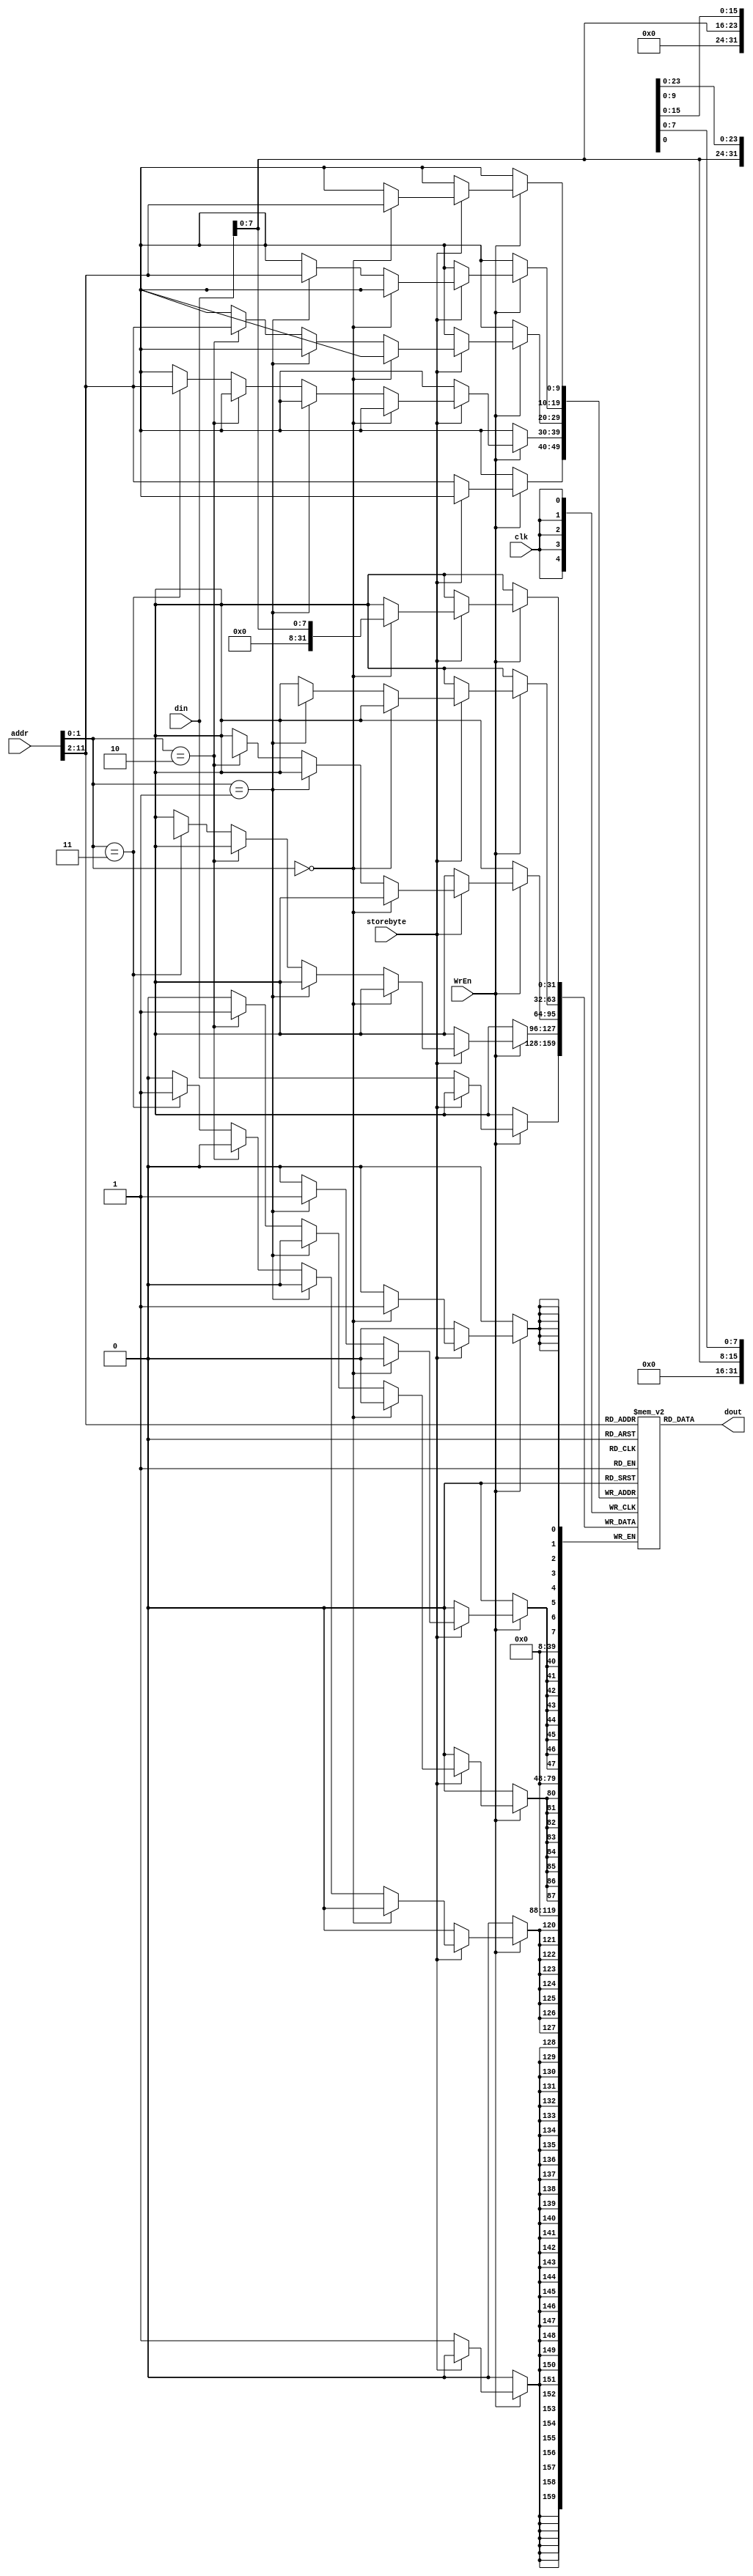
module dm_4k(input [11:0] addr,
				input [31:0] din,
				input WrEn,
				input clk,
				output [31:0] dout,
				input storebyte);

	reg[31:0] RAM[1023:0];

	assign dout = RAM[addr[11:2]];

	always@(posedge clk) begin
    	if(WrEn) begin
			if(storebyte) begin //sb3212102
				if(addr[1:0]==2'b00)
					RAM[addr[11:2]][7:0]<=din[7:0]; //din8
				else if(addr[1:0]==2'b01)
					RAM[addr[11:2]][15:8]<=din[7:0];
				else if(addr[1:0]==2'b10)
					RAM[addr[11:2]][23:16]<=din[7:0];
				else if(addr[1:0]==2'b11)
					RAM[addr[11:2]][31:24]<=din[7:0];
			end
			else begin //sw
				RAM[addr[11:2]]<=din;
			end
		end
	end

endmodule